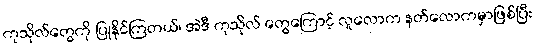
ကုသိုလ်တွေကို ပြုနိုင်ကြတယ်၊ အဲဒီ ကုသိုလ် တွေကြောင့် လူလောက နတ်လောကမှာဖြစ်ပြီး